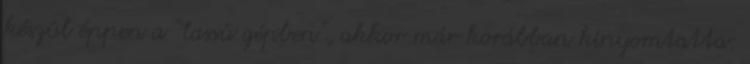
készül éppen a “lassú gépben”, akkor már korábban kinyomtatta: